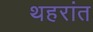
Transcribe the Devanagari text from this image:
थहरांत